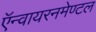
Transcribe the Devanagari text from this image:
ऍन्वायरनमेण्टल